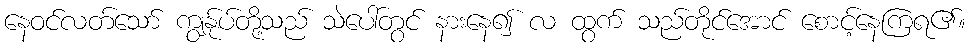
နေဝင်လတ်သော် ကျွန်ုပ်တို့သည် သဲပေါ်တွင် နားနေ၍ လ ထွက် သည်တိုင်အောင် စောင့်နေကြရ၏။